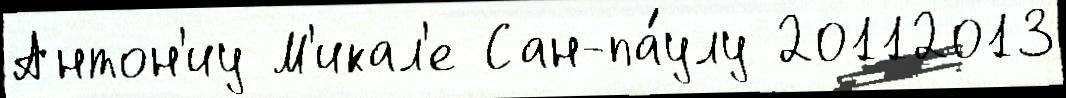
Антон'иу М'икал'е Сан-па́улу 20112013